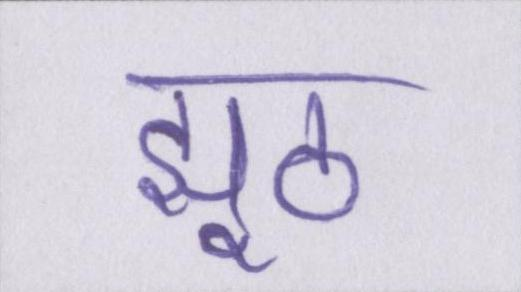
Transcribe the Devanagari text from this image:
झूठ